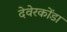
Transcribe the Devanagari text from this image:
देवेरकोंडा